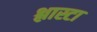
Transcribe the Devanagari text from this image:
श्लास्टा